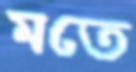
মতে